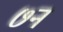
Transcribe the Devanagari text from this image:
७न